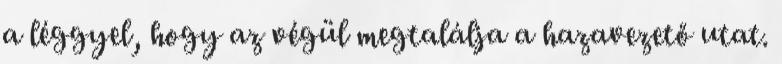
a léggyel, hogy az végül megtalálja a hazavezető utat.